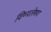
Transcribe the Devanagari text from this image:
विष्पलेषण